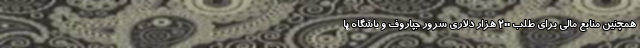
همچنین منابع مالی برای طلب 200 هزار دلاری سرور جپاروف و باشگاه پا